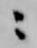
ニ